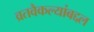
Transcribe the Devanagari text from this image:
व्रतवैकल्यांबद्दल